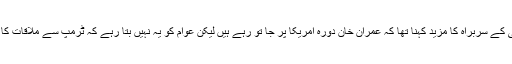
جماعت اسلامی کے سربراہ کا مزید کہنا تھا کہ عمران خان دورہ امریکا پر جا تو رہے ہیں لیکن عوام کو یہ نہیں بتا رہے کہ ٹرمپ سے ملاقات کا ایجنڈا کیا ہے؟